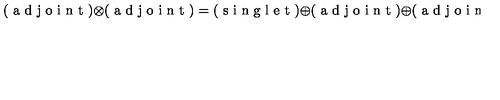
( \textup { a d j o i n t } ) \otimes ( \textup { a d j o i n t } ) = ( \textup { s i n g l e t } ) \oplus ( \textup { a d j o i n t } ) \oplus ( \textup { a d j o i n t } ) ^ { \prime } \oplus \ldots